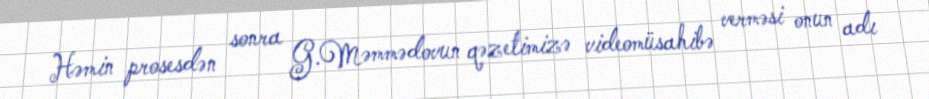
Həmin prosesdən sonra G.Məmmədovun qəzetimizə videomüsahibə verməsi onun adı